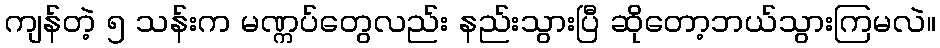
ကျန်တဲ့ ၅ သန်းက မဏ္ကပ်တွေလည်း နည်းသွားပြီ ဆိုတော့ဘယ်သွားကြမလဲ။